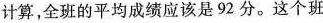
计算，全班的平均成绩应该是92分。这个班